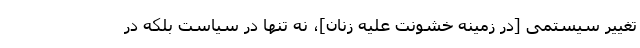
تغییر سیستمی [در زمینه خشونت علیه زنان]، نه تنها در سیاست بلکه در